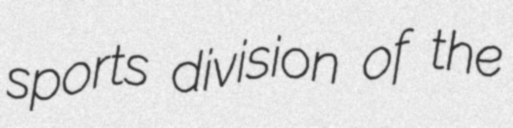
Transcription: sports division of the